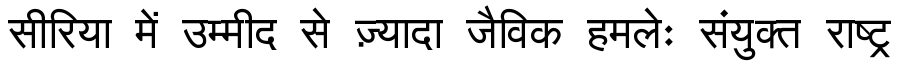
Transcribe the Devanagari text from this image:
सीरिया में उम्मीद से ज़्यादा जैविक हमलेः संयुक्त राष्ट्र